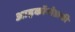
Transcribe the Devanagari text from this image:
आइकॉनोग्राफी